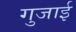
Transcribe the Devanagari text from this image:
गुजाई